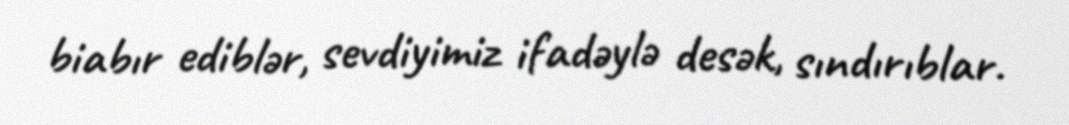
biabır ediblər, sevdiyimiz ifadəylə desək, sındırıblar.